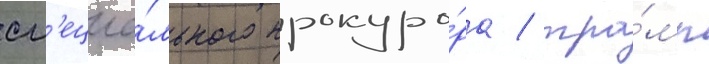
сп'ециа́льного прокуро́ра / тра́мп